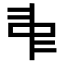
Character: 𠁩